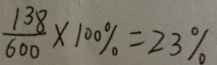
\frac { 1 3 8 } { 6 0 0 } \times 1 0 0 \% = 2 3 \%